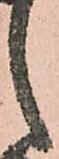
之